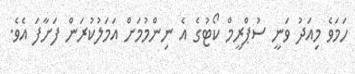
ހަމަވެ މިއަދު ވަނީ ސުޕްރީމް ކޯޓުގެ އެ ނިންމުމަށް އަމަލުކުރަން ފަަށާފަ އެވެ.